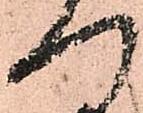
へ